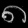
Digit: ၈